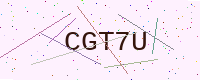
Text: CGT7U